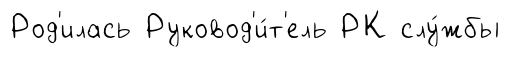
Род'илась Руковод'и́т'ель РК слу́жбы